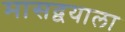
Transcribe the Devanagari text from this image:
मासद्वयाला